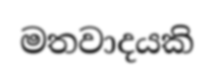
මතවාදයකි